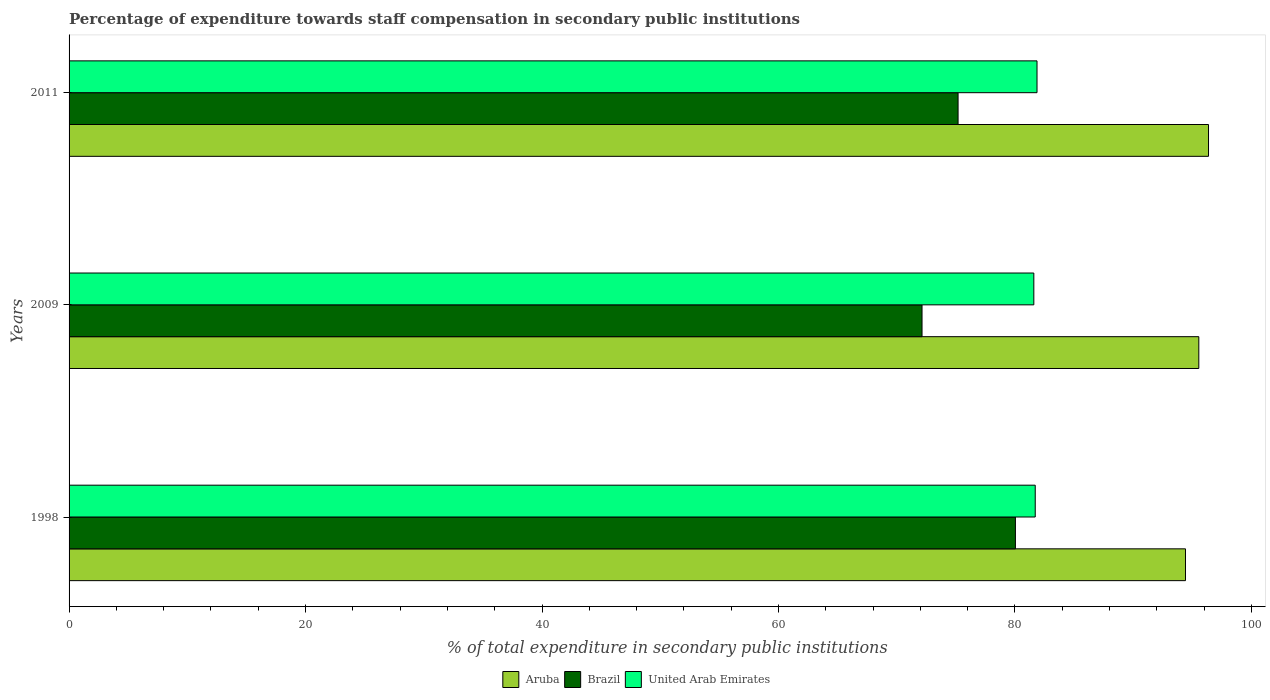
| Years | Aruba | Brazil | United Arab Emirates |
 | --- | --- | --- | --- |
 | 1998 | 94.4 | 80 | 81.7 |
 | 2009 | 95.6 | 72.1 | 81.6 |
 | 2011 | 96.4 | 75.2 | 81.9 |